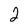
Character: 2